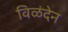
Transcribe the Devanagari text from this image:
विळंदेन